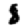
Digit: 8